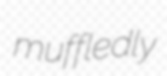
muffledly